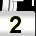
Digit: 2